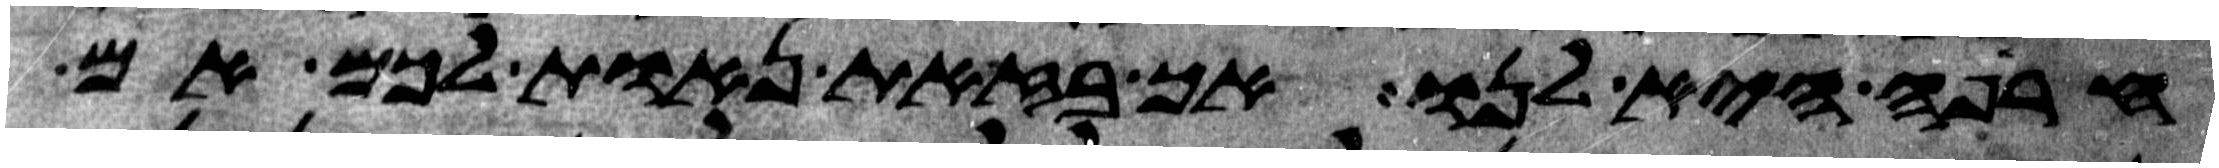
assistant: חרפה היא לנו אך בזאת נאות לכם אם